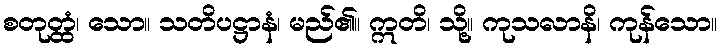
စတုတ္ထံ၊ သော။ သတိပဋ္ဌာနံ၊ မည်၏။ ဣတိ၊ သို့။ ကုသလာနိ၊ ကုန်သော။